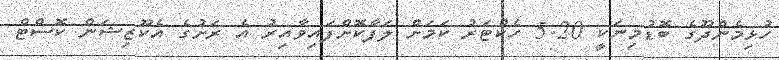
ހުޅިމެންދޫގެ ބޮޑުމިނަކީ 5.20 ހެކްޓަރު ކަމަށް ލަފާކޮށްފައިވާއިރު އެ ރަށުގެ އެކޫޒިޝަން ކޮސްޓް